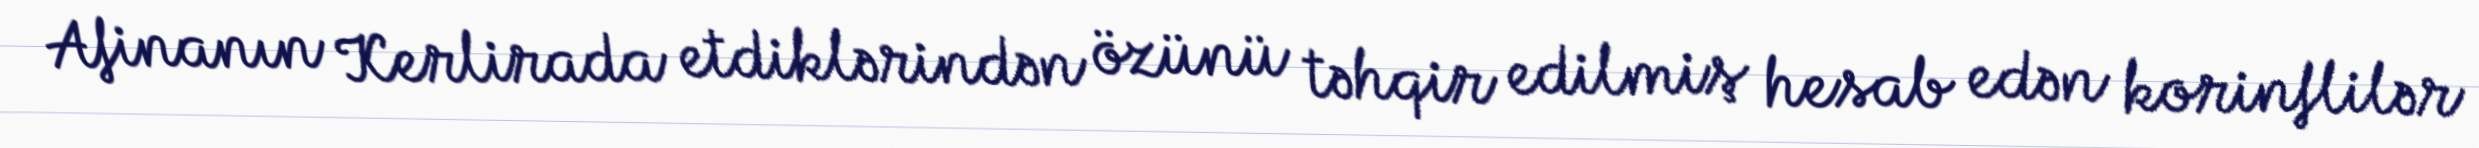
Afinanın Kerlirada etdiklərindən özünü təhqir edilmiş hesab edən korinflilər